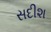
સદીશ